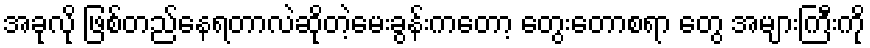
အခုလို ဖြစ်တည်နေရတာလဲဆိုတဲ့မေးခွန်းကတော့ တွေးတောစရာ တွေ အများကြီးကို